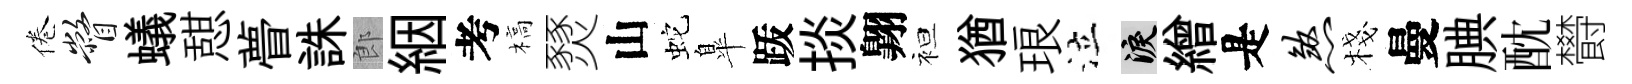
倦瞥蟻憇瞢誅郎絪考槁燹山蛇臯䟦掞翺袒猶琅泣泪繒是煞棧曼腆酖欎